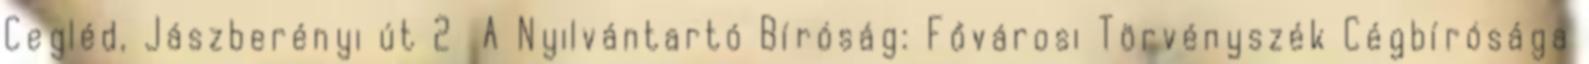
Cegléd, Jászberényi út 2 A Nyilvántartó Bíróság: Fővárosi Törvényszék Cégbírósága